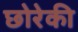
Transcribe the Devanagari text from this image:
छोरेकी